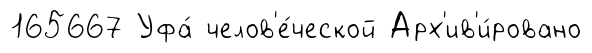
165667 Уфа́ челов'е́ческой Арх'ив'и́ровано